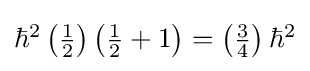
{\textstyle \hbar ^{2}\left({\frac {1}{2}}\right)\left({\frac {1}{2}}+1\right)=\left({\frac {3}{4}}\right)\hbar ^{2}}